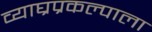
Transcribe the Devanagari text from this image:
व्याघ्रप्रकल्पाला